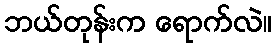
ဘယ်တုန်းက ရောက်လဲ။